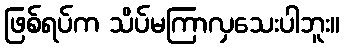
ဖြစ်ရပ်က သိပ်မကြာလှသေးပါဘူး။